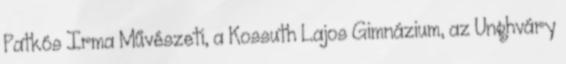
Patkós Irma Művészeti, a Kossuth Lajos Gimnázium, az Unghváry